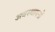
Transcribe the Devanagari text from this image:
अवस्थापनों